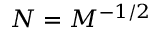
N = M ^ { - 1 / 2 }